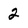
Character: 2